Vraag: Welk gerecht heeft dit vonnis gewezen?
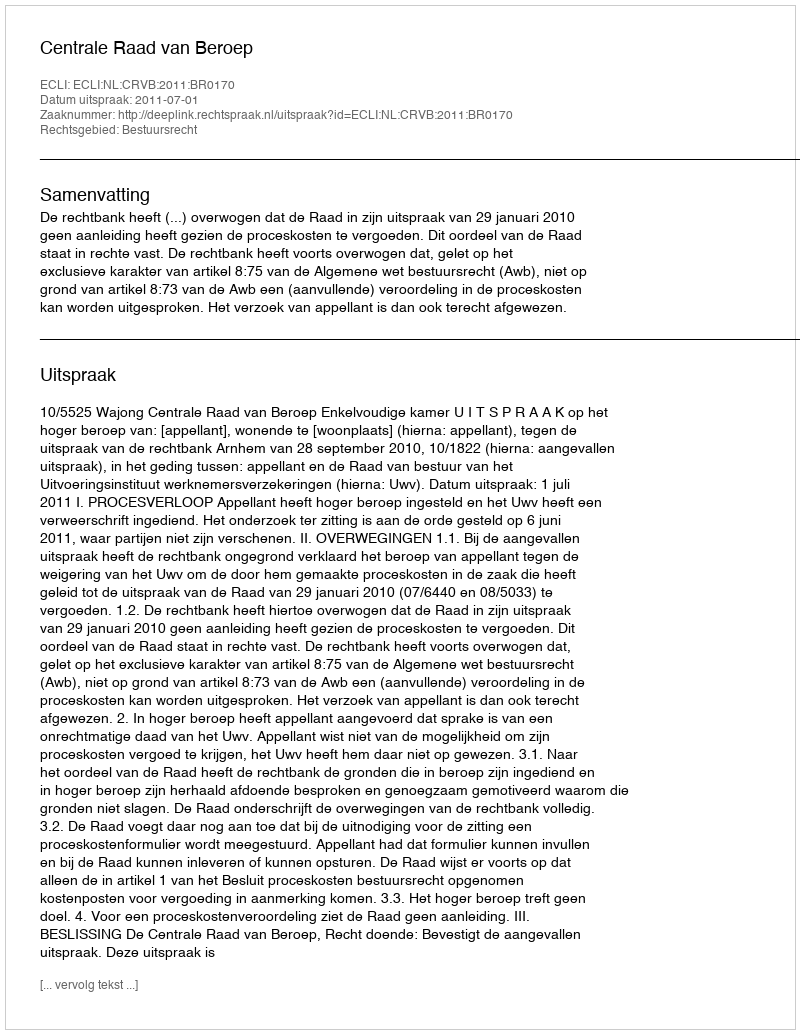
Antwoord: Centrale Raad van Beroep